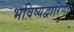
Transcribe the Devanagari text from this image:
भविष्यद्वारिणों